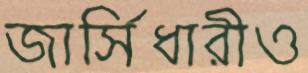
জার্সিধারীও